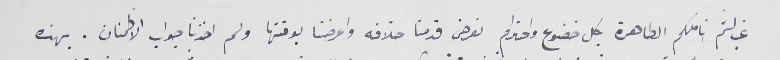
غب لثم اناملكم الطاهرة بكل خضوع واحترام نعرض قدمنا خلافه واعرضنا بوقتها ولم اخذنا جواب الاطمنان. بهذه